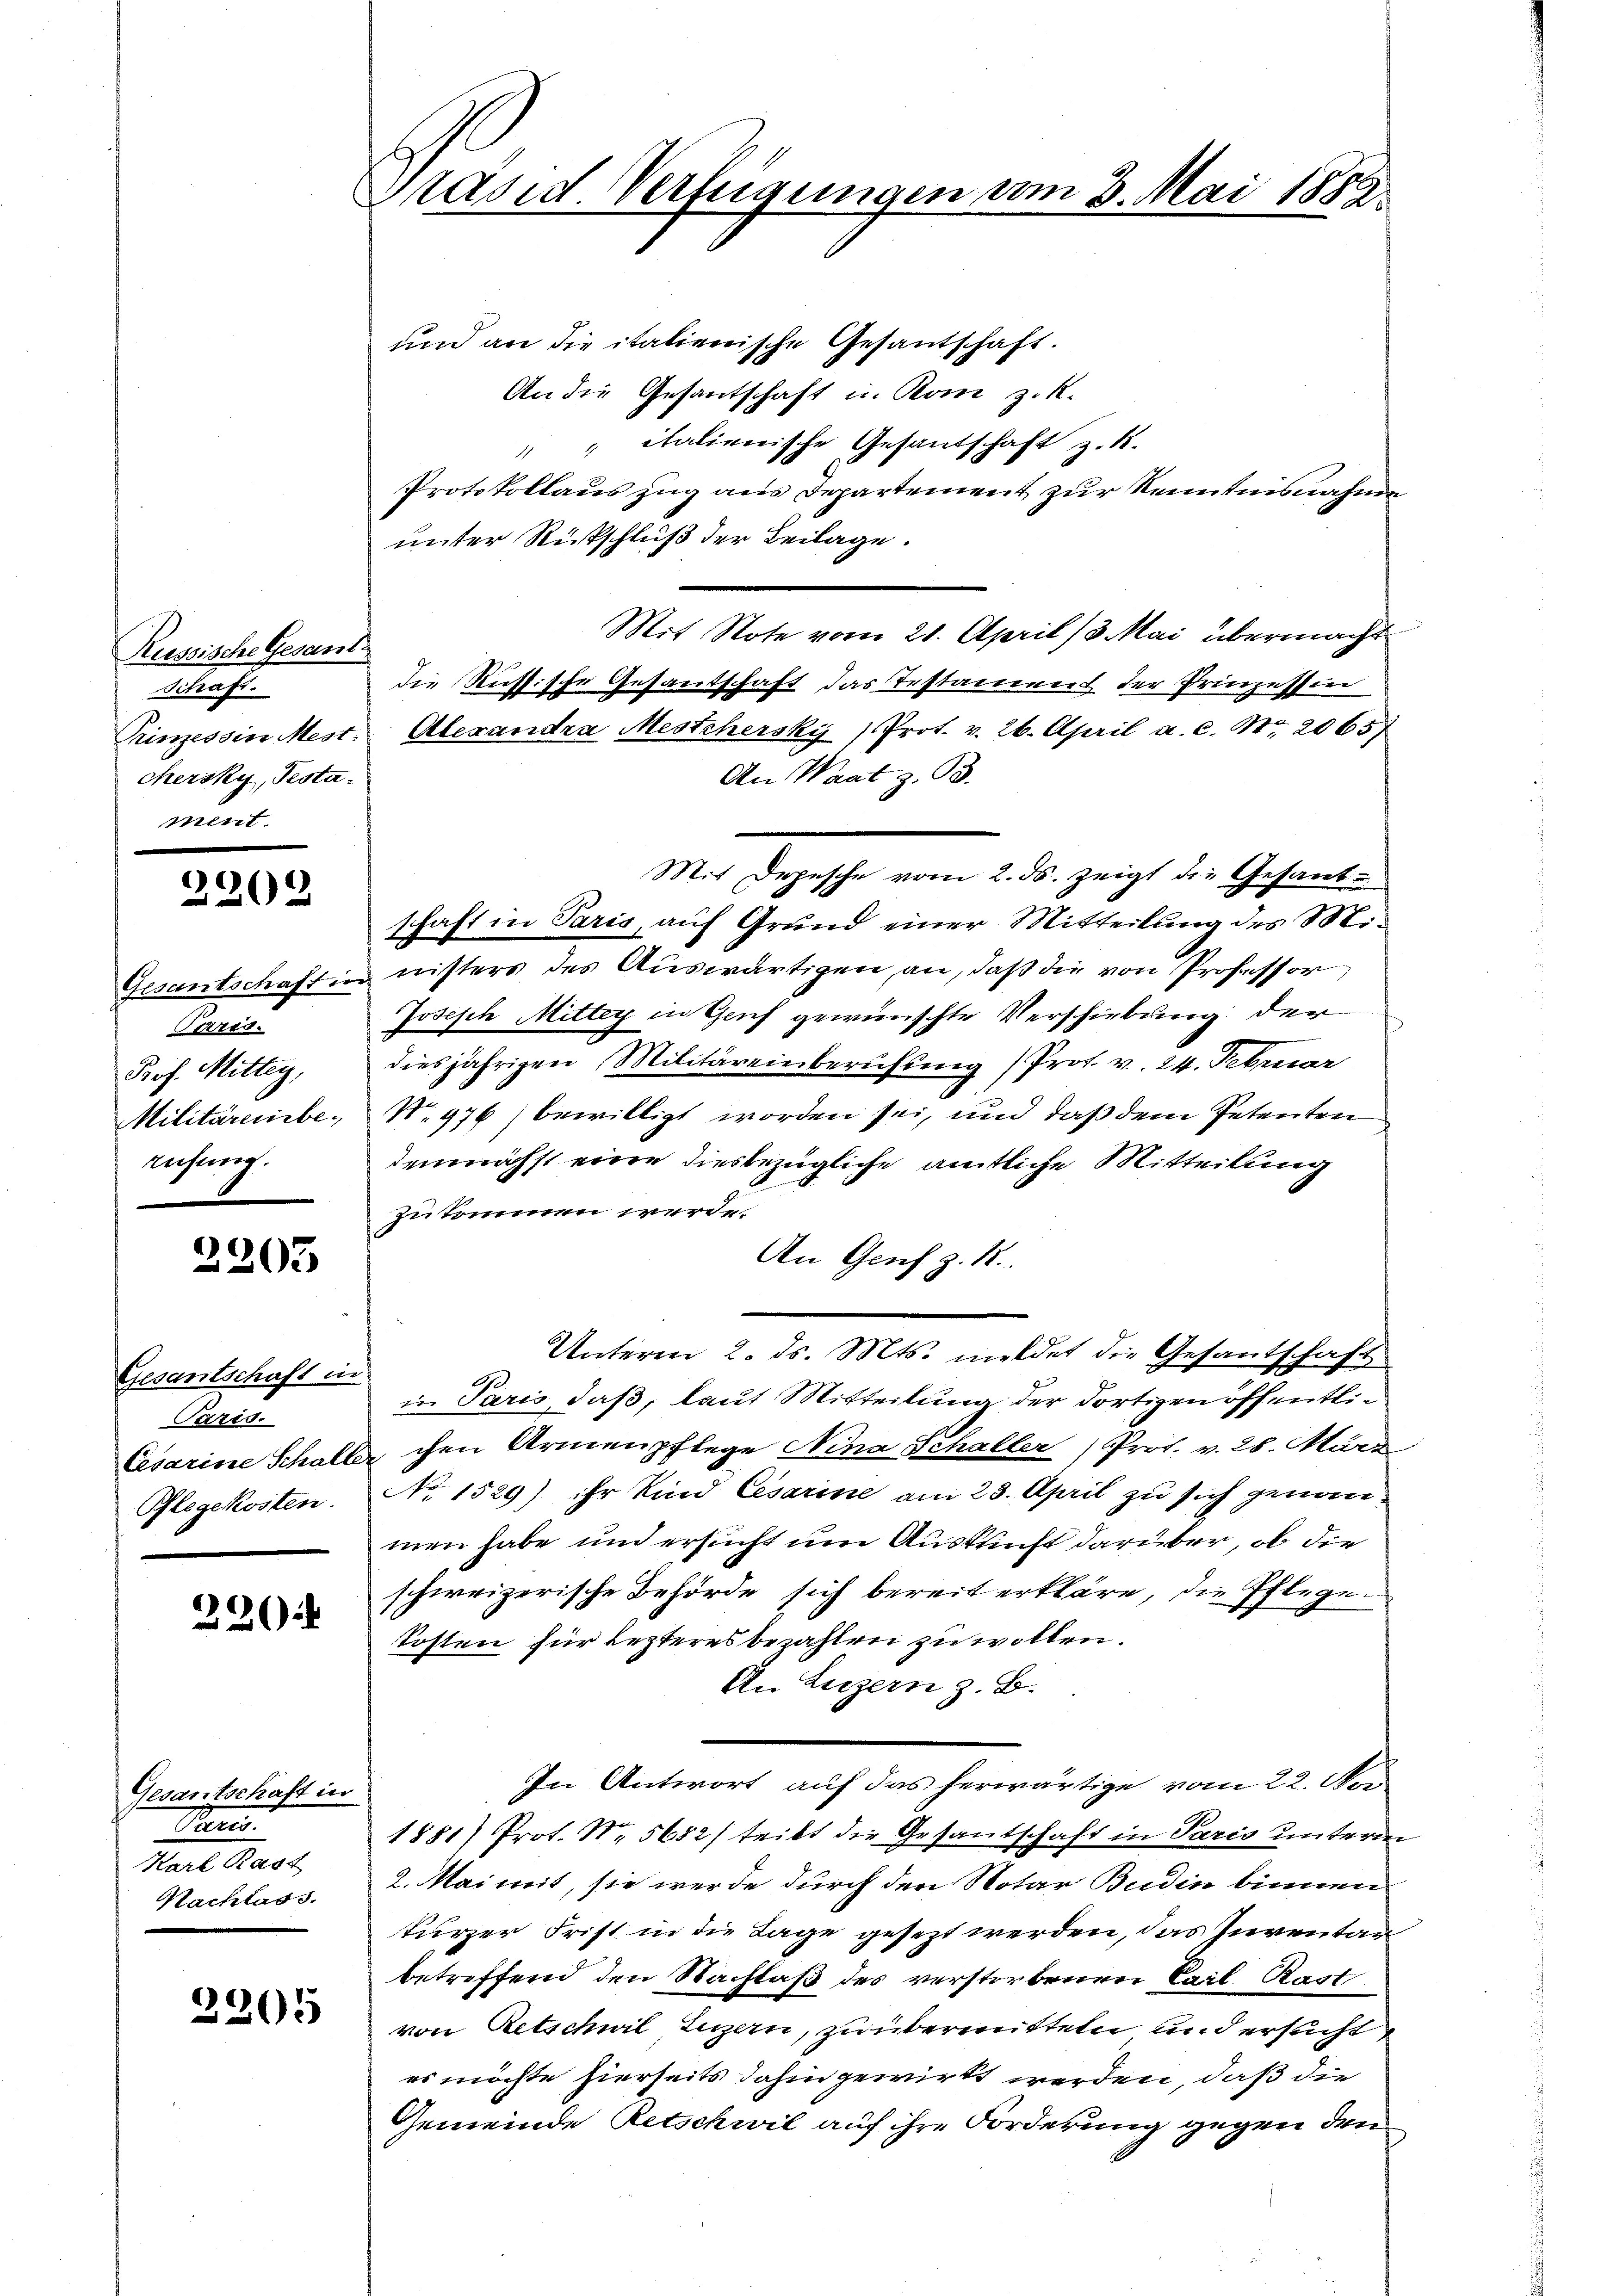
Russische Gesamt
Schaft.
Prinzessin Mest:
chersky, Pesta-

2209

Gesantschaft in
Torred.
Prof. Mittag,
Militärenbe-
rihung.

2203

Gesantschaft in
Paris.
Cesarine Schalte
Pflegekosten.

226)

Gesantschaft in
Pa
Karl Rast
Nachlass.

2205

Präsid. Verfügungen vom 3. Mai 1882

und an die italienische Gesantschaft.
An die Gesantschaft in Rom z. R.
" italienische Gesandschaft z. B.
1
Protokollauszug aus Departement zur Kenntnisnahme
unter Rückschluß der Beilage.
Mit Note vom 21. April (3. Mai übermacht
die Russische Gesandschaft das Testament der Prinzession
Alexandra Mestehersky  Prot. v. 26. April a. c. S. 2065/
An Waatz. 93.
Mit Depesche vom 2. ds. zeigt die Gesandschaft in Paris, auf Grund einer Mitteilung des Ministers des Auswärtigen an, daß die von Professor
Joseph Mittag in Genf gewünschte Verschiebung der
diesjährigen Militäreinberufung /Prot. v. 24. Februar
.
N. 976, bewilligt worden sei, und daß dem Petenten
demnächst eine diesbezügliche amtliche Mitteilung
zukommen werde.
An Genf z. B.
Unterm 2. ds. Mts. meldet die Gesantschaft
in Paris, daß, laut Mitteilung der dortigen öffentlichen Armenpflege Nina Schaller (Prot. v. 28. März
No 1529) ihr Kind Cesarine am 23. April zu sich genannmen habe und ersucht um Auskunft darüber, ob die
schweizerische Behörde sich bereit erkläre, die Pflege.
kosten für lezteres bezahlen zu wollen.
An Luzern z. B.
In Antwort auf das herwärtige vom 22. Nov
1881) Prot. Nr. 5682/ teilt die Gesandschaft in Paris unterm
2. Mai mit, sie werde durch den Notar Budin binnen.
kurzer Frist in die Lage gesezt werden, das Inventag
betreffend den Nachlaß des verstorbenen Carl Rast
von Retschil Luzern, zu übermitteln und ersucht
es möchte hierseits dahin gewirkt werden, daß die
Gemeinde Retschwil auf ihre Forderung gegen den